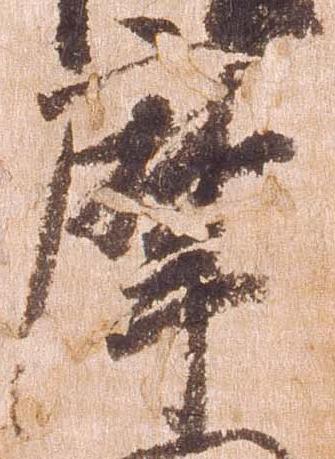
摩